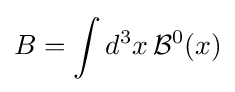
B=\int d^{3}x\,{\mathcal {B}}^{0}(x)